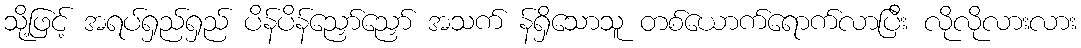
သို့ဖြင့် အရပ်ရှည်ရှည် ပိန်ပိန်ညှော်ညှော် အသက် န်ရှိသောသူ တစ်ယောက်ရောက်လာပြီး လိုလိုလားလား